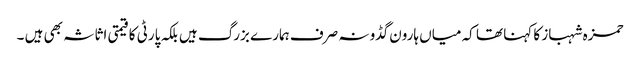
حمزہ شہباز کا کہنا تھا کہ میاں ہارون گڈو نہ صرف ہمارے بزرگ ہیں بلکہ پارٹی کا قیمتی اثاثہ بھی ہیں ۔